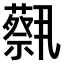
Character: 𫊈